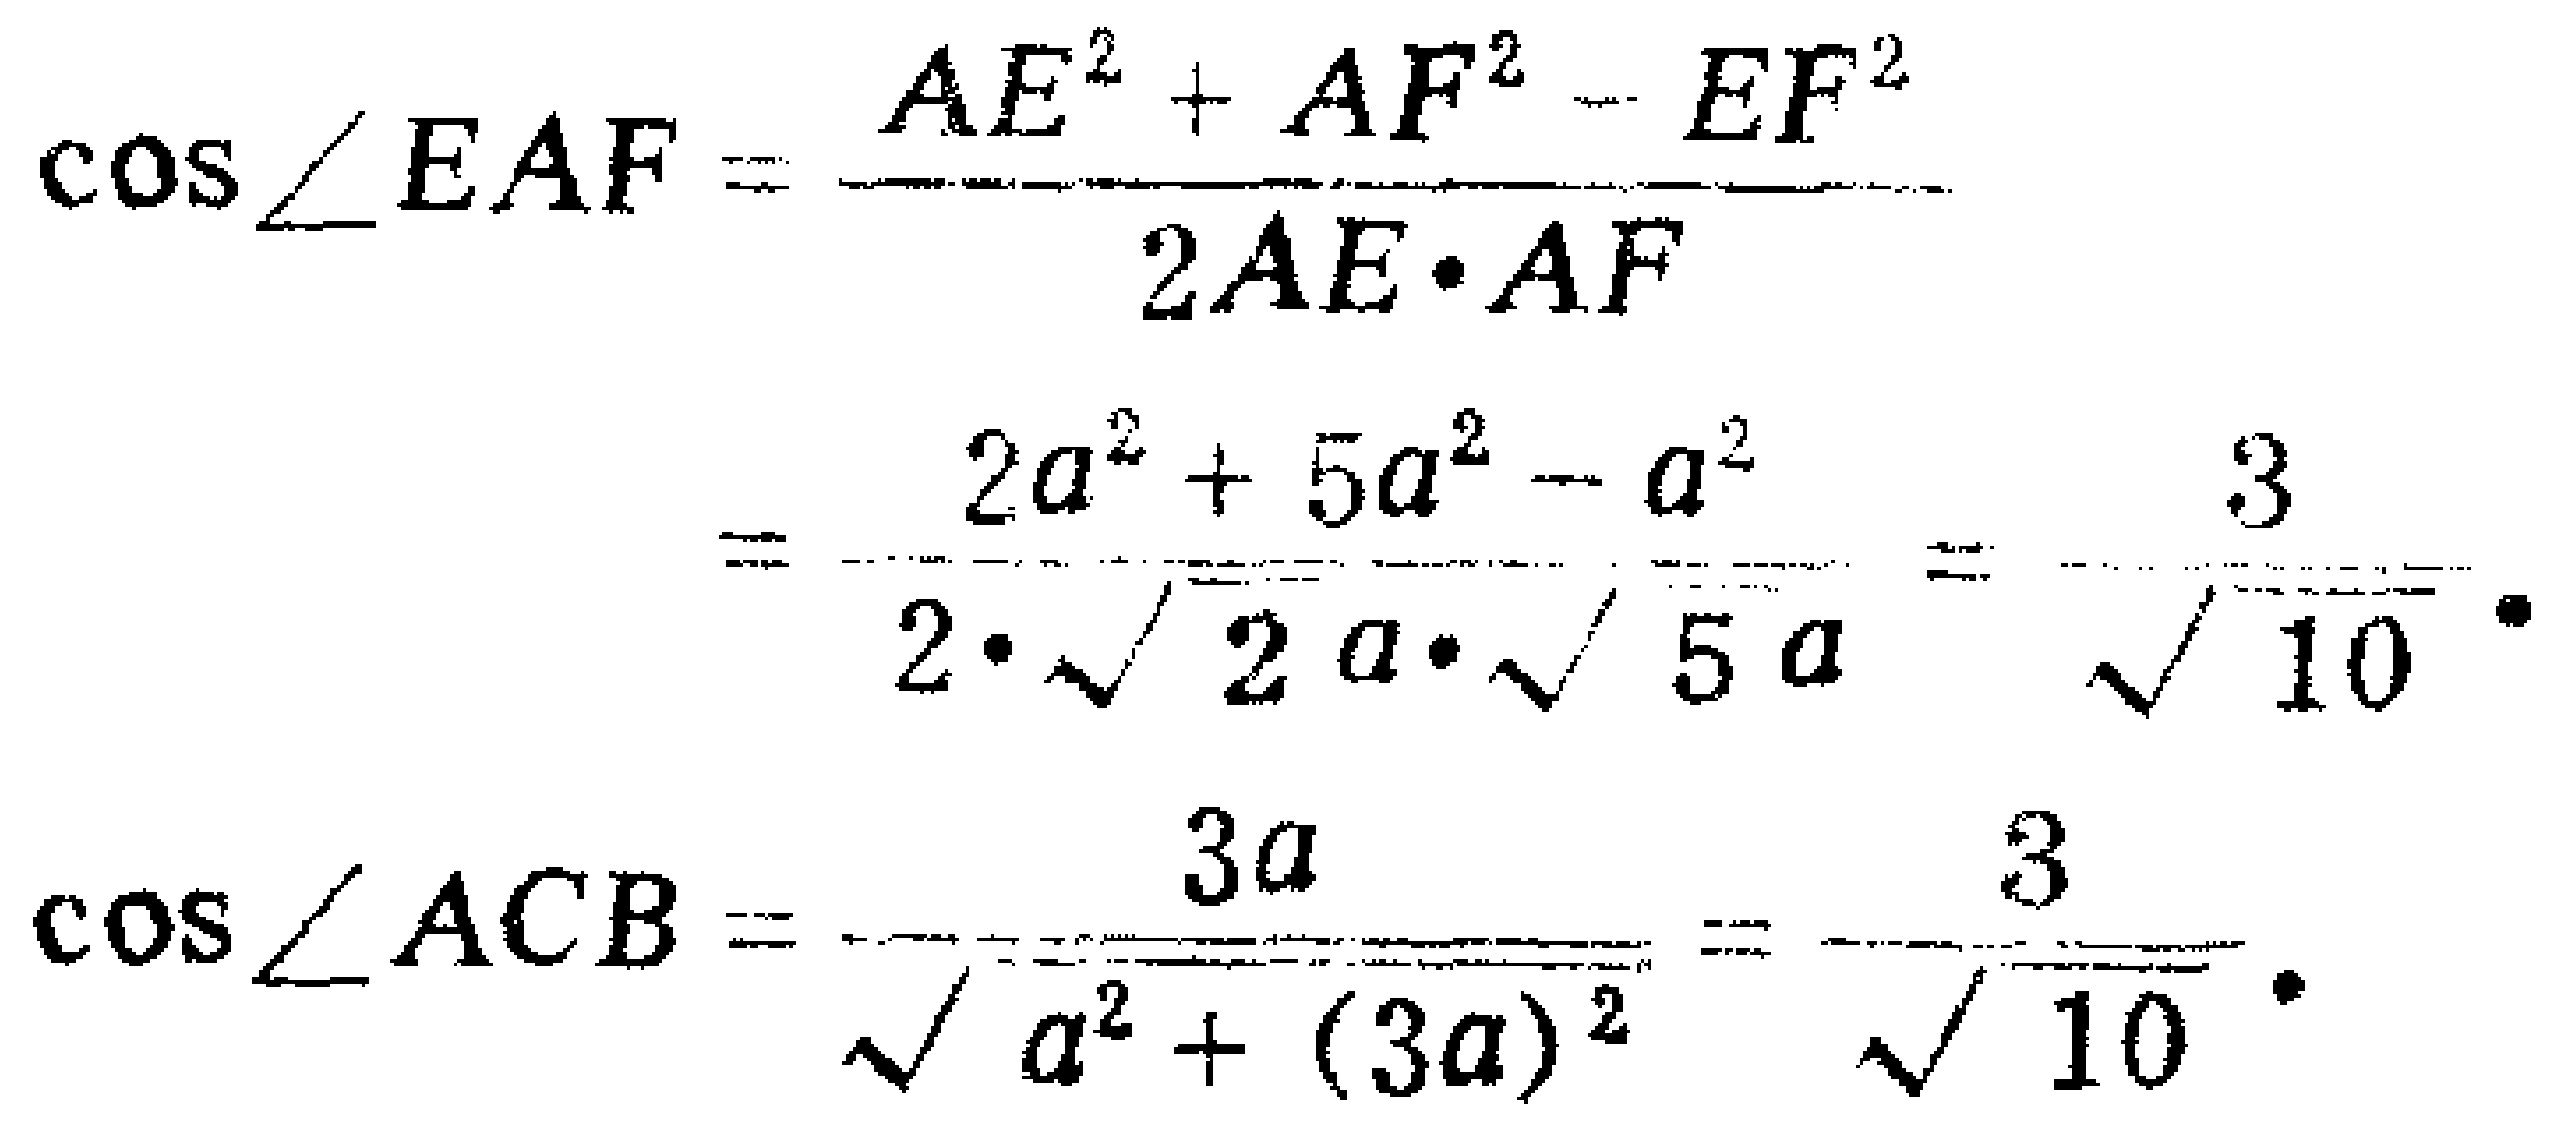
\[\begin{align*}

\cos\angle EAF&=\frac{AE^{2}+AF^{2}-EF^{2}}{2AE\cdot AF}\\

&=\frac{2a^{2}+5a^{2}-a^{2}}{2\cdot\sqrt{2}a\cdot\sqrt{5}a}=\frac{3}{\sqrt{10}}\\

\cos\angle ACB&=\frac{3a}{\sqrt{a^{2}+(3a)^{2}}}=\frac{3}{\sqrt{10}}

\end{align*}\]